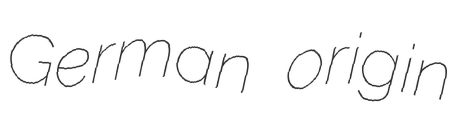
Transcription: German origin